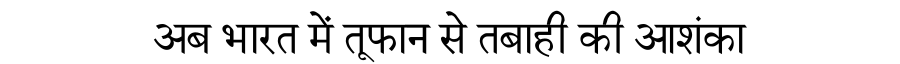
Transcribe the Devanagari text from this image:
अब भारत में तूफान से तबाही की आशंका